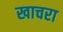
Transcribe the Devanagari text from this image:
खाचरा